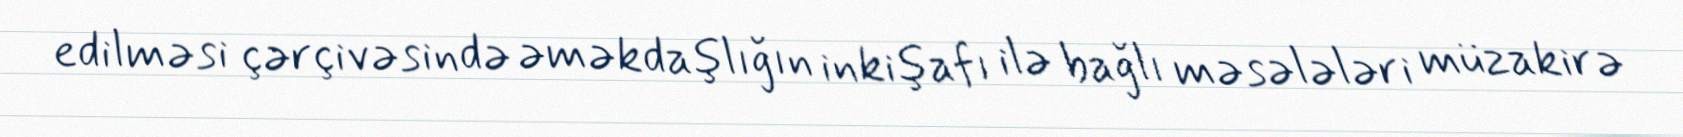
edilməsi çərçivəsində əməkdaşlığın inkişafı ilə bağlı məsələləri müzakirə